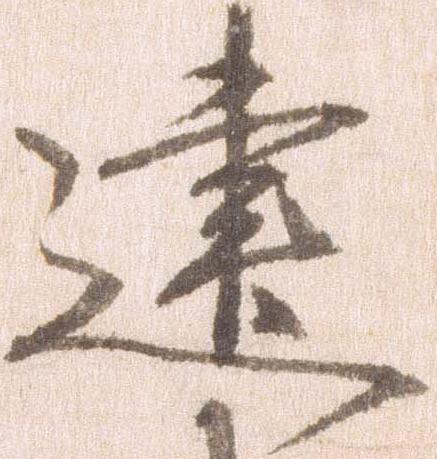
建